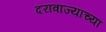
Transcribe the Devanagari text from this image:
दरावाज्याच्या